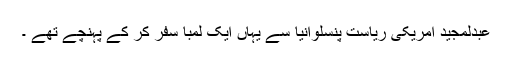
عبدلمجید امریکی ریاست پنسلوانیا سے یہاں ایک لمبا سفر کر کے پہنچے تھے ۔